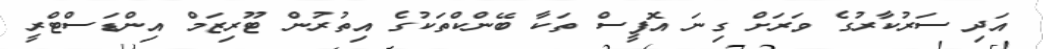
އަދި ސަރުކާރުގެ ވަރަށް ގިނަ އޮފީސް ތަކާ ބޭންކްތަކުގެ އިތުރުން ޓޫރިޒަމް އިންޑަސްޓްރީ